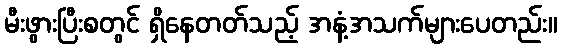
မီးဖွားပြီးစတွင် ရှိနေတတ်သည့် အနံ့အသက်များပေတည်း။